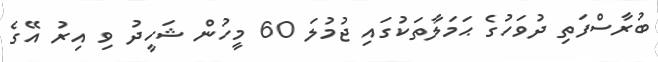
ބުރާސްފަތި ދުވަހުގެ ޙަމަލާތަކުގައި ޖުމުލަ 60 މީހުން ޝަހީދު ވި އިރު އޭގެ